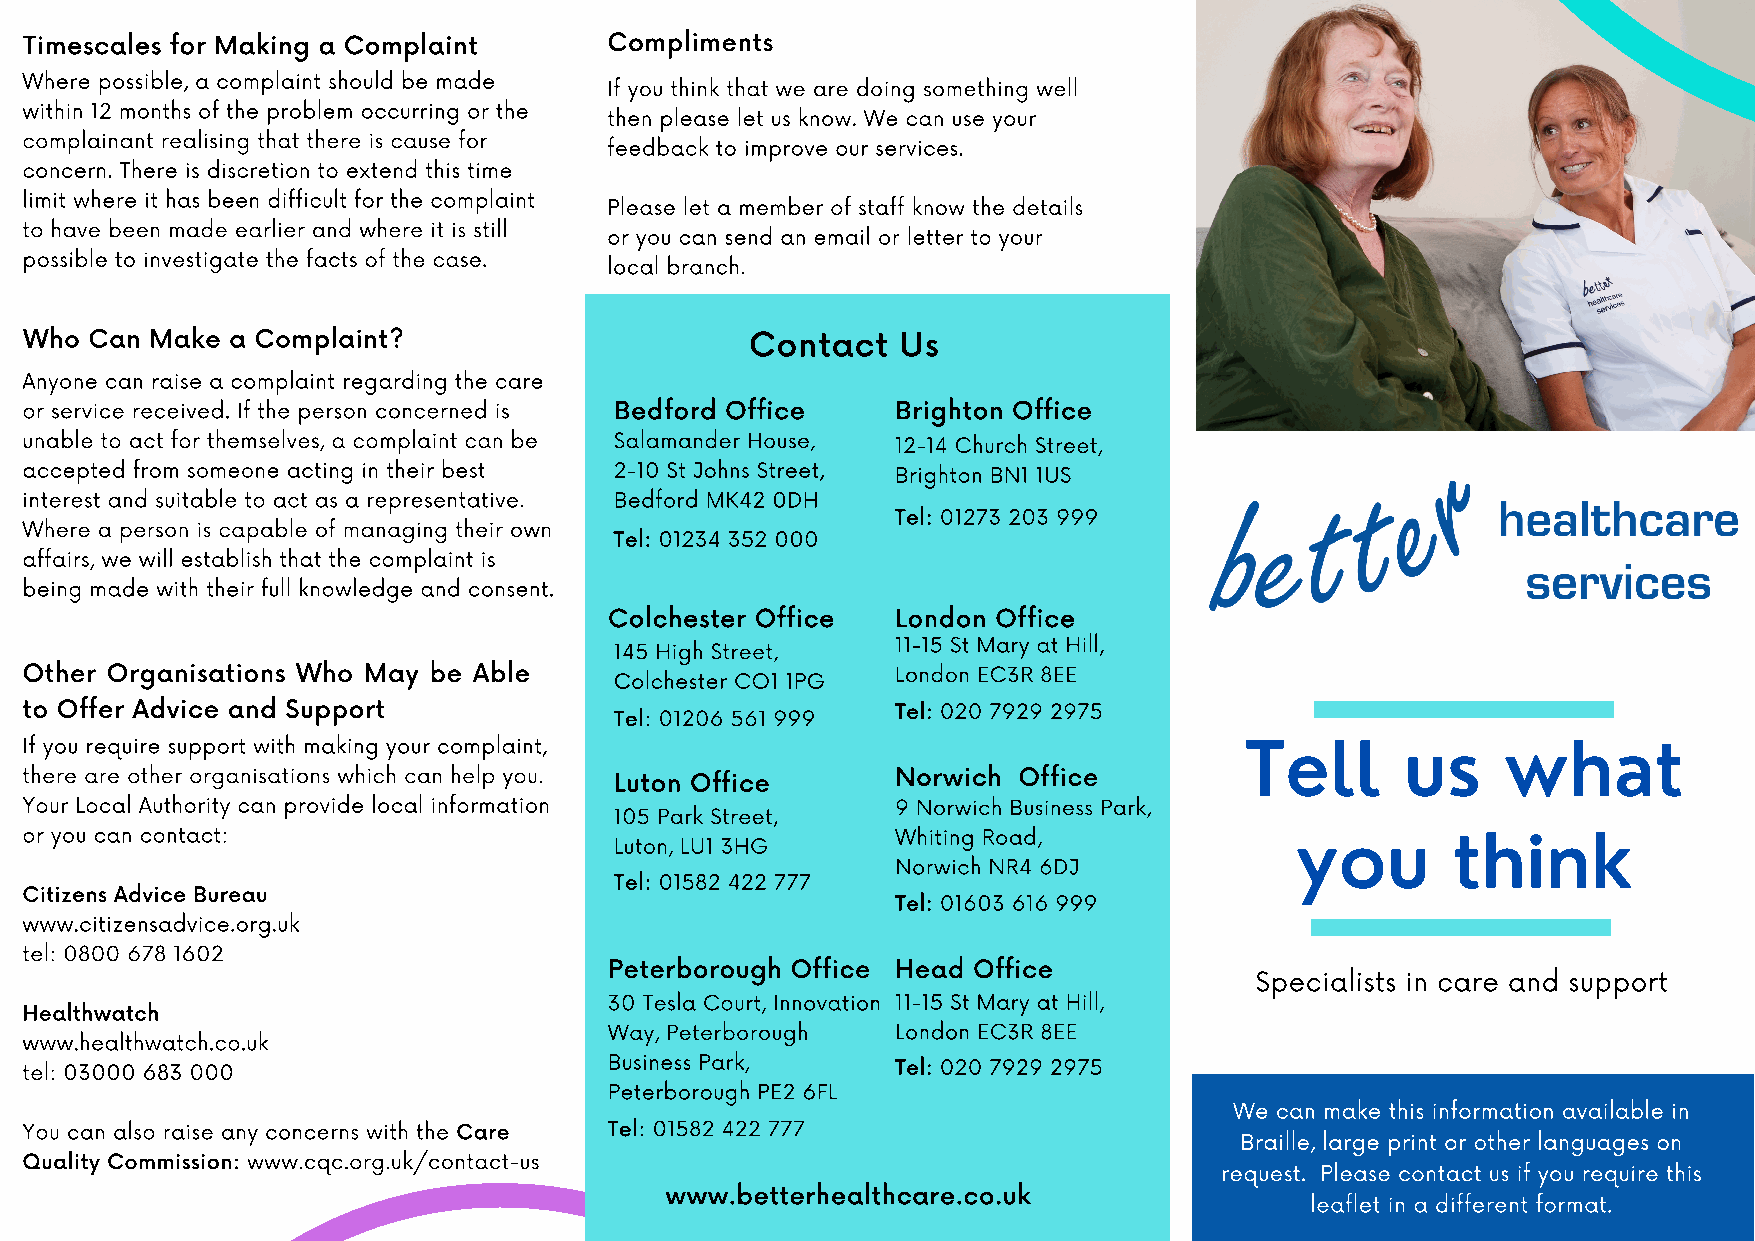
Timescales for Making a Complaint     Compliments
 Where possible, a complaint should be made
 If you think that we are doing something well
 within 12 months of the problem occurring or the
 then please let us know. We can use your
 complainant realising that there is cause for
 feedback to improve our services.
 concern. There is discretion to extend this time
 limit where it has been difficult for the complaint
 Please let a member of staff know the details
 to have been made earlier and where it is still
 or you can send an email or letter to your
 possible to investigate the facts of the case.
 local branch.
 Who Can Make a Complaint?                       Contact  Us
 Anyone can raise a complaint regarding the care
 or service received. If the person concerned is Bedford Office Brighton Office
 unable to act for themselves, a complaint can be Salamander House, 12-14 Church Street,
 accepted from someone acting in their best 2-10 St Johns Street, Brighton BN1 1US
 interest and suitable to act as a representative. Bedford MK42 0DH
 Tel: 01273 203 999
 Where a person is capable of managing their own
 Tel: 01234 352 000
 affairs, we will establish that the complaint is
 being made with their full knowledge and consent.
 Colchester Office  London Office
 11-15 St Mary at Hill,
 145 High Street,
 Other Organisations Who May be Able                       London EC3R 8EE
 Colchester CO1 1PG
 to Offer Advice and Support                               Tel: 020 7929 2975
 Tel: 01206 561 999
 Tell       us     what
 If you require support with making your complaint,
 there are other organisations which can help you. Luton Office Norwich Office
 Your Local Authority can provide local information        9 Norwich Business Park,
 105 Park Street,
 you       think
 or you can contact:                                       Whiting Road,
 Luton, LU1 3HG
 Norwich NR4 6DJ
 Tel: 01582 422 777
 Citizens Advice Bureau
 Tel: 01603 616 999
 www.citizensadvice.org.uk
 tel: 0800 678 1602
 Peterborough Office Head Office
 Specialists in care and support
 30 Tesla Court, Innovation 11-15 St Mary at Hill,
 Healthwatch
 www.healthwatch.co.uk
 Way, Peterborough  London EC 3R 8EE
 tel: 03000 683 000                     Business Park,     Tel: 020 7929 2975
 Peterborough PE2 6FL
 We can make this information available in
 You can also raise any concerns with the Care Tel: 01582 422 777
 Braille, large print or other languages on
 Quality Commission: www.cqc.org.uk/contact-us
 request. Please contact us if you require this
 www.betterhealthcare.co.uk
 leaflet in a different format.